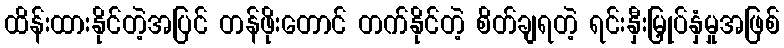
ထိန်းထားနိုင်တဲ့အပြင် တန်ဖိုးတောင် တက်နိုင်တဲ့ စိတ်ချရတဲ့ ရင်းနှီးမြှုပ်နှံမှုအဖြစ်